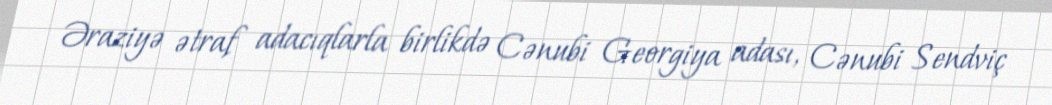
Əraziyə ətraf adacıqlarla birlikdə Cənubi Georgiya adası, Cənubi Sendviç